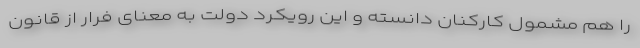
را هم مشمول کارکنان دانسته و این رویکرد دولت به معنای فرار از قانون